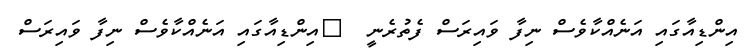
އިންޑިއާގައި އަނެއްކާވެސް ނިފާ ވައިރަސް ފެތުރެނީ  	އިންޑިއާގައި އަނެއްކާވެސް ނިފާ ވައިރަސް